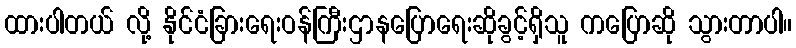
ထားပါတယ် လို့ နိုင်ငံခြားရေးဝန်ကြီးဌာနပြောရေးဆိုခွင့်ရှိသူ ကပြောဆို သွားတာပါ။